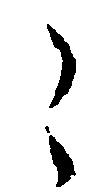
こ